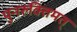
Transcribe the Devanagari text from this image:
पुनरुक्तिमत्